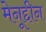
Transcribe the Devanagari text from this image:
मेनूद्दीन